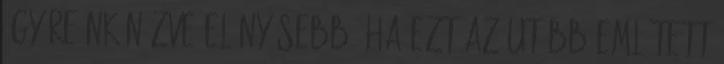
így reánk nézve előnyösebb, ha ezt az utóbb említett